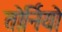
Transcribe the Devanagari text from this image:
तोर्नियो